Papers set at the Examination for Leaving Certificates, 1893
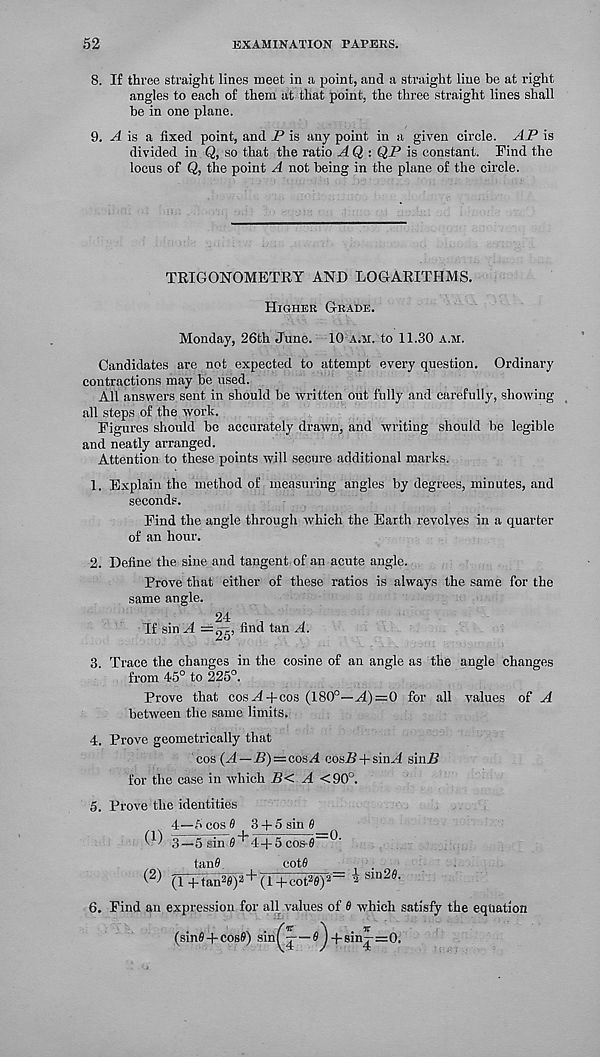
52
EXAMINATION PAPERS.
8. If three straight lines meet in a point, and a straight line be at right
angles to each of them at that point, the three straight lines shall
be in one plane.
9. A is a fixed point, and P is any point in a given circle. AP is
divided in Q, so that the ratio A Q : QP is constant, rind the
locus of Q, the point A not being in the plane of the circle.
TRIGONOMETRY AND LOGARITHMS.
Higher Grade.
Monday, 26th June. 10 a.ii. to 11.30 a.m.
Candidates are not expected to attempt every question. Ordinary
contractions may be used.
All answers sent in should be written out fully and carefully, showing
all steps of the work.
Figures should be accurately drawn, and writing should be legible
and neatly arranged.
Attention to these points will secure additional marks.
1. Explain the method of measuring angles by degrees, minutes, and
seconds.
Find the angle through which the Earth revolves in a quarter
of an hour.
2. Define the sine and tangent of an acute angle.
Prove that either of these ratios is always the same for the
same angle.
If!
24
= 25
;, find tan A.
3. Trace the changes in the cosine of an angle as the angle changes
from 45° to 225°.
Prove that cos^1+cos (180°—A)—0 for all values of A
between the same limits.
4. Prove geometrically that
cos (A — B) = catiA cosP + sin^4 sinP
for the case in which B< A <90°.
5. Prove the identities
4—5 cos 0 t 3 + 5 sin 0
3—5 sin 0"*"4+5cos-0 —
tan0
cot0
(r+tan-0) 2 + (1 + cot 2 0) 2 ' = 2 Slu29 -
6. Find an expression for all values of 0 which satisfy the equation
f rc
^
it
(sin0 + cos0) sinf -—0 ) + sinj=0.